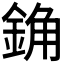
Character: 𰼰